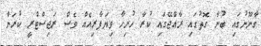
ގާނޫނުގައި ބުނާ ގޮތުގައި ރާއްޖޭގައި ކުރާ ހުރިހާ ވިޔަފާރިއެއް ވެސް ރަޖިސްޓްރީ ކުރަން